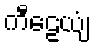
ကီဠေယျံ